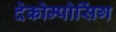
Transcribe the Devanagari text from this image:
देकोम्पोसिंग